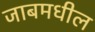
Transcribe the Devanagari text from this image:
जाबमधील